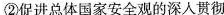
②促进总体国家安全观的深人贯彻